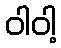
ဝါဝါ့